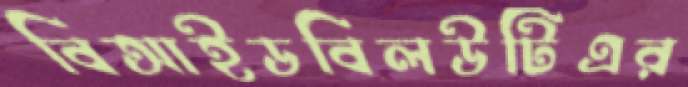
বিআইডবিলউটিএর